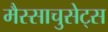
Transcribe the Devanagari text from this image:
मैस्साचुसेट्स